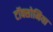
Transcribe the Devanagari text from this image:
टॉक्सोमिया